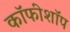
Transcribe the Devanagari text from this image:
कॉफीशॉप